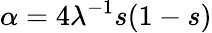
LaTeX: \alpha=4\lambda^{-1}s(1-s)